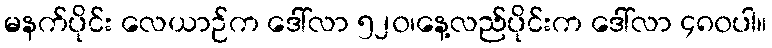
မနက်ပိုင်း လေယာဉ်က ဒေါ်လာ ၅၂၀၊နေ့လည်ပိုင်းက ဒေါ်လာ ၄၈၀ပါ။